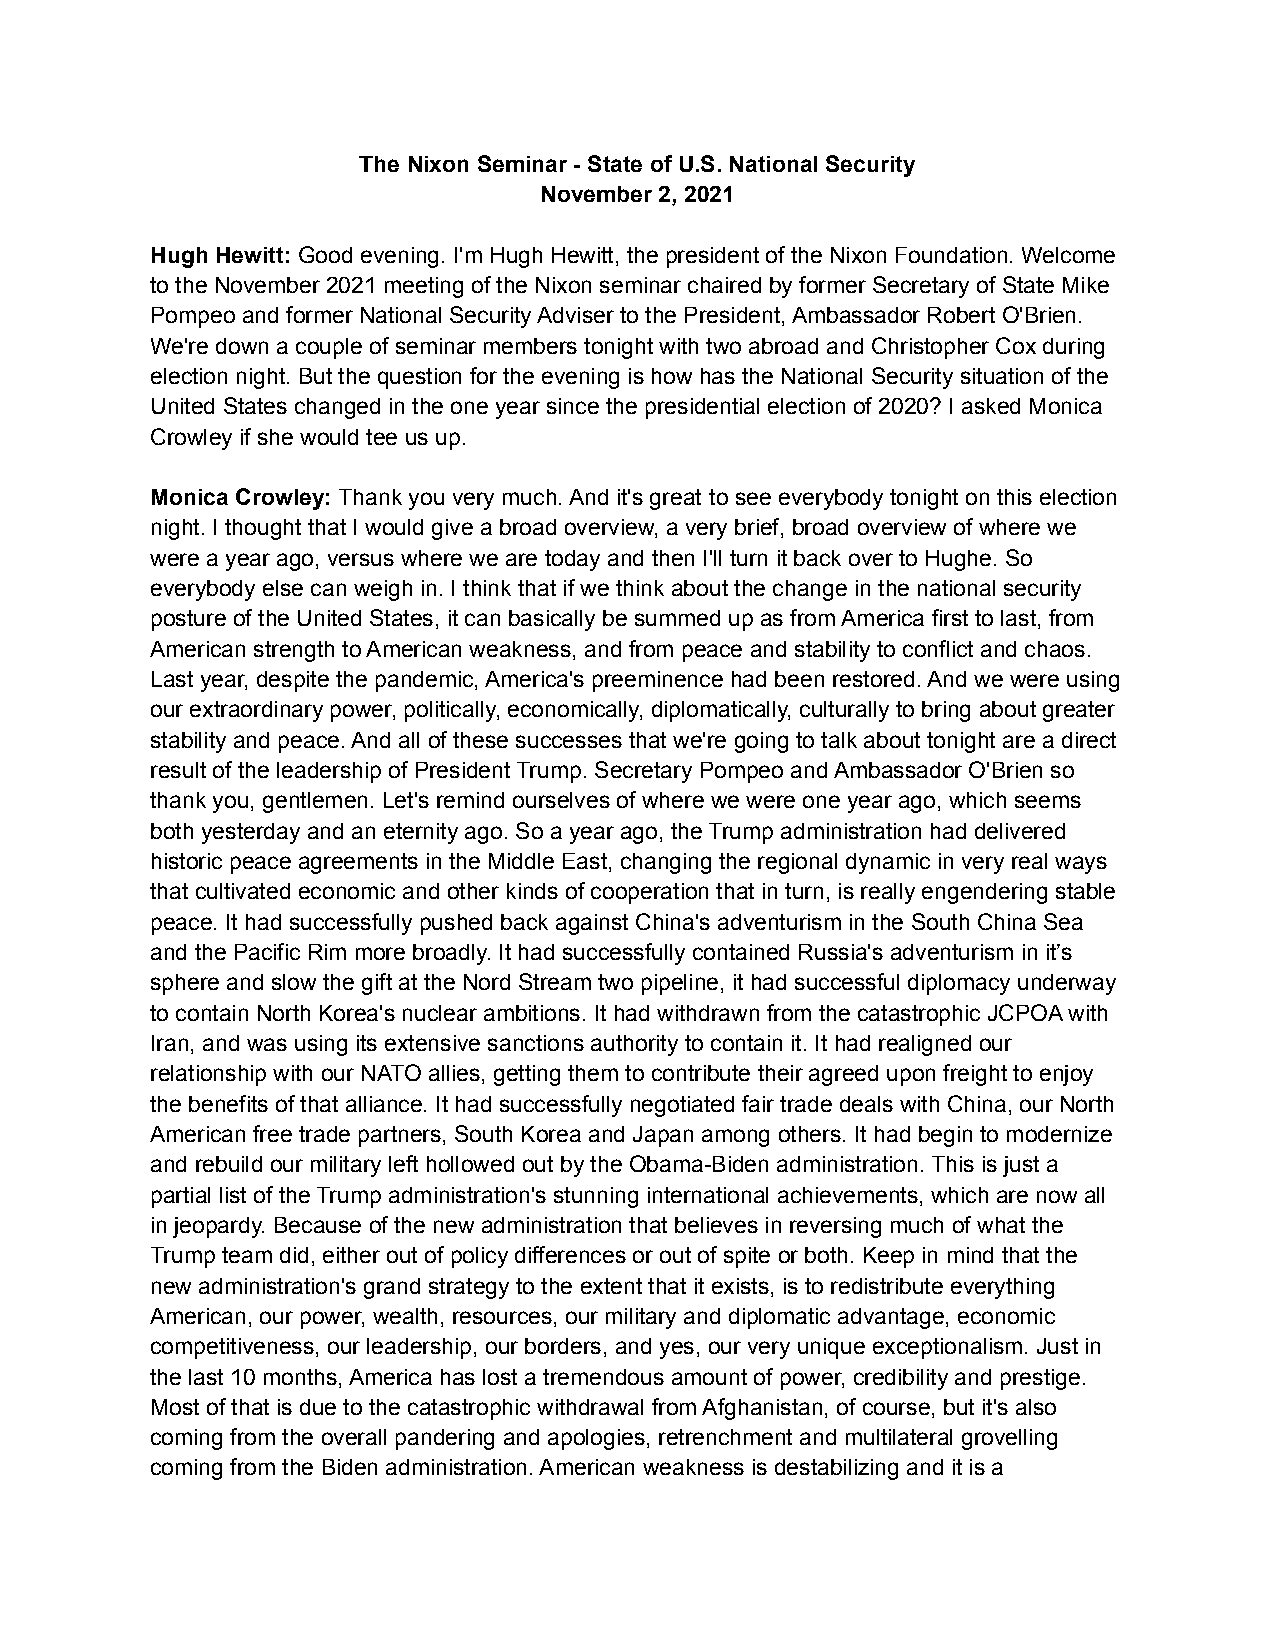
The Nixon Seminar - State of U.S. National Security
 November 2, 2021
 Hugh Hewitt: Good evening. I'm Hugh Hewitt, the president of the Nixon Foundation. Welcome
 to the November 2021 meeting of the Nixon seminar chaired by former Secretary of State Mike
 Pompeo and former National Security Adviser to the President, Ambassador Robert O'Brien.
 We're down a couple of seminar members tonight with two abroad and Christopher Cox during
 election night. But the question for the evening is how has the National Security situation of the
 United States changed in the one year since the presidential election of 2020? I asked Monica
 Crowley if she would tee us up.
 Monica Crowley: Thank you very much. And it's great to see everybody tonight on this election
 night. I thought that I would give a broad overview, a very brief, broad overview of where we
 were a year ago, versus where we are today and then I'll turn it back over to Hughe. So
 everybody else can weigh in. I think that if we think about the change in the national security
 posture of the United States, it can basically be summed up as from America first to last, from
 American strength to American weakness, and from peace and stability to conflict and chaos.
 Last year, despite the pandemic, America's preeminence had been restored. And we were using
 our extraordinary power, politically, economically, diplomatically, culturally to bring about greater
 stability and peace. And all of these successes that we're going to talk about tonight are a direct
 result of the leadership of President Trump. Secretary Pompeo and Ambassador O'Brien so
 thank you, gentlemen. Let's remind ourselves of where we were one year ago, which seems
 both yesterday and an eternity ago. So a year ago, the Trump administration had delivered
 historic peace agreements in the Middle East, changing the regional dynamic in very real ways
 that cultivated economic and other kinds of cooperation that in turn, is really engendering stable
 peace. It had successfully pushed back against China's adventurism in the South China Sea
 and the Pacific Rim more broadly. It had successfully contained Russia's adventurism in it’s
 sphere and slow the gift at the Nord Stream two pipeline, it had successful diplomacy underway
 to contain North Korea's nuclear ambitions. It had withdrawn from the catastrophic JCPOA with
 Iran, and was using its extensive sanctions authority to contain it. It had realigned our
 relationship with our NATO allies, getting them to contribute their agreed upon freight to enjoy
 the benefits of that alliance. It had successfully negotiated fair trade deals with China, our North
 American free trade partners, South Korea and Japan among others. It had begin to modernize
 and rebuild our military left hollowed out by the Obama-Biden administration. This is just a
 partial list of the Trump administration's stunning international achievements, which are now all
 in jeopardy. Because of the new administration that believes in reversing much of what the
 Trump team did, either out of policy differences or out of spite or both. Keep in mind that the
 new administration's grand strategy to the extent that it exists, is to redistribute everything
 American, our power, wealth, resources, our military and diplomatic advantage, economic
 competitiveness, our leadership, our borders, and yes, our very unique exceptionalism. Just in
 the last 10 months, America has lost a tremendous amount of power, credibility and prestige.
 Most of that is due to the catastrophic withdrawal from Afghanistan, of course, but it's also
 coming from the overall pandering and apologies, retrenchment and multilateral grovelling
 coming from the Biden administration. American weakness is destabilizing and it is a